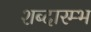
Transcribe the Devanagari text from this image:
शब्दारम्भ